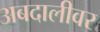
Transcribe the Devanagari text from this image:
अबदालीवर